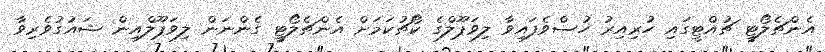
އެންޗެލޯޓީ ޗުއްޓީގައި ހުރިއިރު ހުސްވެފައިވާ ލިވަޕޫލްގެ ކޯޗުކަމަށް އެންޗެލޯޓީ ގެންނަން ލިވަޕޫލްއިން ޝައުގުވެރިވާ